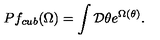
P f _ { c u b } ( \Omega ) = \int { \cal D } \theta e ^ { \Omega ( \theta ) } .